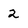
Character: 2